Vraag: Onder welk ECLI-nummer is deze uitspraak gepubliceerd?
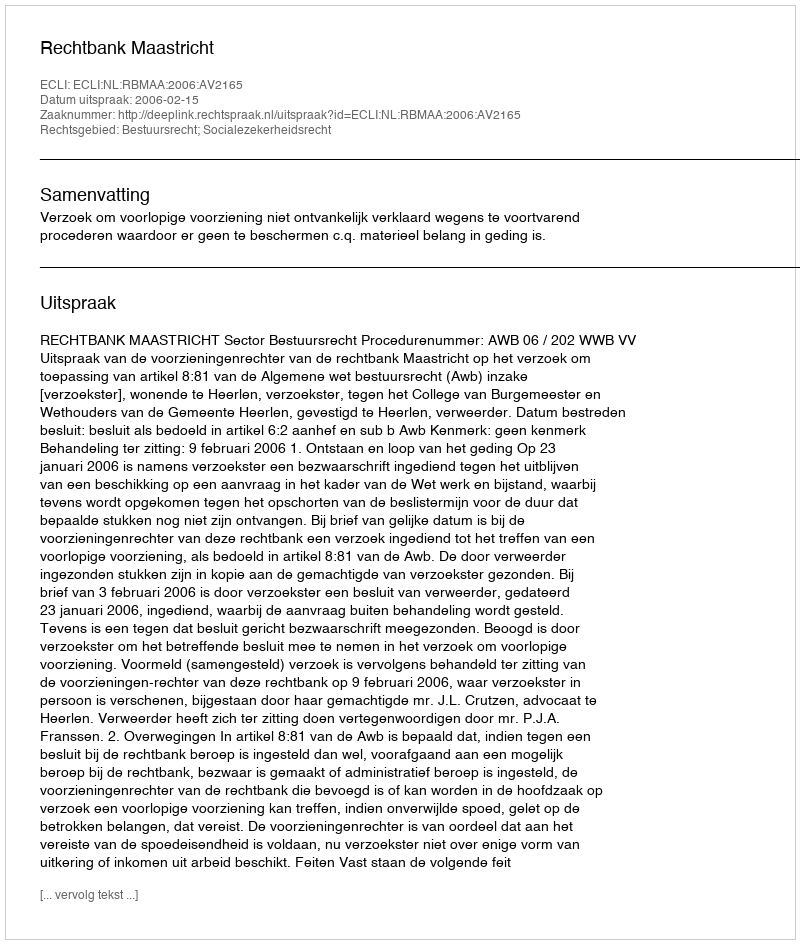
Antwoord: ECLI:NL:RBMAA:2006:AV2165